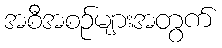
အစီအစဉ်များအတွက်